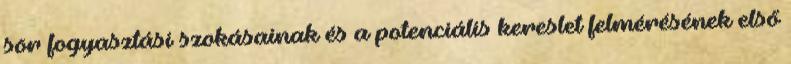
sör fogyasztási szokásainak és a potenciális kereslet felmérésének első